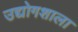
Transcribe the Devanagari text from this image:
उद्योगशाला